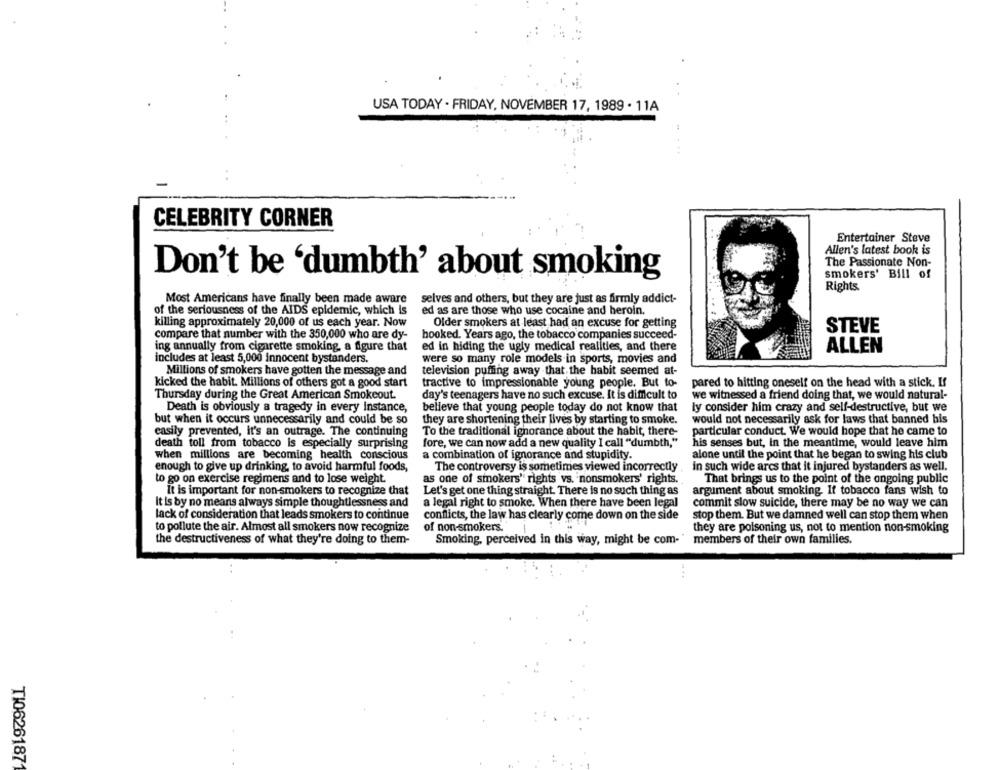
USA TODAY . FRIDAY, NOVEMBER 17, 1989 . 11A
CELEBRITY CORNER
Entertainer Steve
Allen's latest book is
The Passionate Non-
Don't be 'dumbth' about smoking
smokers' Bill of
Rights
Most Americans have finally been made aware selves and others, but they are just as firmly addict-
of the seriousness of the AIDS epidemic, which Is
ed as are those who use cocaine and heroin.
killing approximately 20,000 of us each year. Now
Older smokers at least had an excuse for getting
STEVE
compare that number with the 350,000 who are dy-
hooked. Years ago, the tobacco companies succeed-
ing annually from cigarette smoking, a figure that
ed in hiding the ugly medical realities, and there
ALLEN
includes at least 5,000 innocent bystanders.
were so many role models in sports, movies and
Millions of smokers have gotten the message and
television puffing away that the habit seemed at-
kicked the habit. Millions of others got a good start
tractive to impressionable young people. But to-
pared to hitting oneself on the head with a stick. If
Thursday during the Great American Smokeout.
day's teenagers have no such excuse. It is difficult to
we witnessed a friend doing that, we would natural-
Death is obviously a tragedy in every instance,
believe that young people today do not know that
ly consider him crazy and self-destructive, but we
but when it occurs unnecessarily and could be so
they are shortening their lives by starting to smoke.
would not necessarily ask for laws that banned bis
To the traditional ignorance about the habit, there-
particular conduct. We would hope that he came to
easily prevented, it's an outrage. The continuing
death toll from tobacco is especially surprising
fore, we can now add a new quality I call "dumbth,"
his senses but, in the meantime, would leave him
when millions are becoming health conscious
a combination of ignorance and stupidity.
alone until the point that he began to swing his club
enough to give up drinking, to avoid harmful foods,
The controversy is sometimes viewed incorrectly
in such wide arcs that it injured bystanders as well.
to go on exercise regimens and to lose weight.
as one of smokers' rights vs. nonsmokers' rights.
That brings us to the point of the ongoing public
It is important for non-smokers to recognize that
Let's get one thing straight. There is no such thing as
argument about smoking. It tobacco fans wish to
It is by no means always simple thoughtlessness and
a legal right to smoke. When there have been legal
commit slow suicide, there may be no way we can
lack of consideration that leads smokers to continue
conflicts, the law has clearly come down on the side
stop them. But we damned well can stop them when
to pollute the air. Almost all smokers now recognize
of non-smokers.
they are poisoning us, not to mention non-smoking
the destructiveness of what they're doing to them-
members of their own families.
Smoking, perceived in this way, might be com-
...
TI0626187